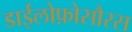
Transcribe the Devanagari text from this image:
डाईलोफ़ोसौरस